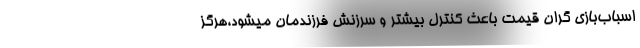
اسباب‌بازی گران قیمت باعث کنترل بیشتر و سرزنش فرزندمان میشود،هرگز